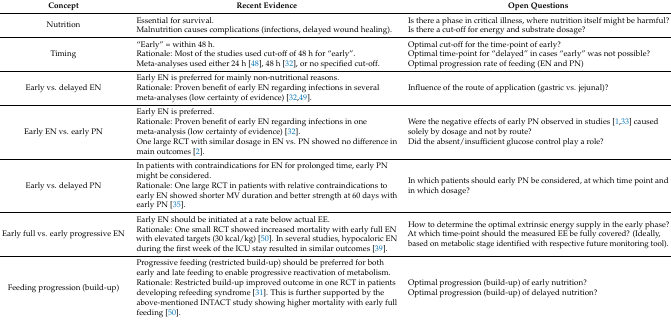
| Concept | Recent Evidence | Open Questions |
 | --- | --- | --- |
 | Nutrition | Essential for survival. Malnutrition causes complications (infections, delayed wound healing). | Is there a phase in critical illness, where nutrition itself might be harmful? Is there a cut-off for energy and substrate dosage? |
 | Timing | “Early” = within 48 h. Rationale: Most of the studies used cut-off of 48 h for “early”. Meta-analyses used either 24 h [48], 48 h [32], or no specified cut-off. | Optimal cut-off for the time-point of early? Optimal time-point for “delayed” in cases “early” was not possible?Optimal progression rate of feeding (EN and PN) |
 | Early vs. delayed EN | Early EN is preferred for mainly non-nutritional reasons. Rationale: Proven benefit of early EN regarding infections in several meta-analyses (low certainty of evidence) [32,49]. | Influence of the route of application (gastric vs. jejunal)? |
 | Early EN vs. early PN | Early EN is preferred. Rationale: Proven benefit of early EN regarding infections in one meta-analysis (low certainty of evidence) [32]. One large RCT with similar dosage in EN vs. PN showed no difference in main outcomes [2]. | Were the negative effects of early PN observed in studies [1,33] caused solely by dosage and not by route? Did the absent/insufficient glucose control play a role? |
 | Early vs. delayed PN | In patients with contraindications for EN for prolonged time, early PN might be considered. Rationale: One large RCT in patients with relative contraindications to early EN showed shorter MV duration and better strength at 60 days with early PN [35]. | In which patients should early PN be considered, at which time point and in which dosage? |
 | Early full vs. early progressive EN | Early EN should be initiated at a rate below actual EE. Rationale: One small RCT showed increased mortality with early full EN with elevated targets (30 kcal/kg) [50]. In several studies, hypocaloric EN during the first week of the ICU stay resulted in similar outcomes [39]. | How to determine the optimal extrinsic energy supply in the early phase? At which time-point should the measured EE be fully covered? (Ideally, based on metabolic stage identified with respective future monitoring tool). |
 | Feeding progression (build-up) | Progressive feeding (restricted build-up) should be preferred for both early and late feeding to enable progressive reactivation of metabolism. Rationale: Restricted build-up improved outcome in one RCT in patients developing refeeding syndrome [31]. This is further supported by the above-mentioned INTACT study showing higher mortality with early full feeding [50]. | Optimal progression (build-up) of early nutrition? Optimal progression (build-up) of delayed nutrition? |